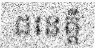
ជនេត្តី